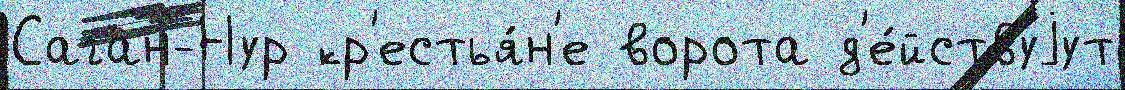
Саган-Нур кр'естья́н'е ворота д'е́йствуjут